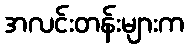
အလင်းတန်းများက